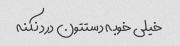
خیلی خوبه دستتون درد نکنه